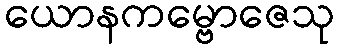
ယောနကမ္ဗောဇေသု